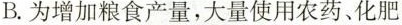
B.为增加粮食产量，大量使用农药、化肥